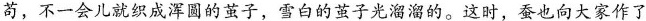
苟，不一会儿就织成浑圆的茧子，雪白的茧子光溜溜的。这时，蚕也向大家作了